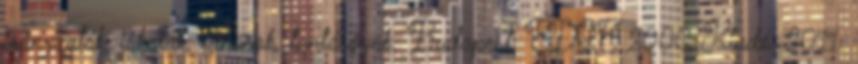
irányzatok, iskolák, tanárok, tantárgyak. Budapest, EDGE 2000 Kiadó, 2011.